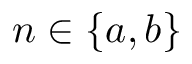
n \in \{ a , b \}